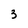
Character: 3